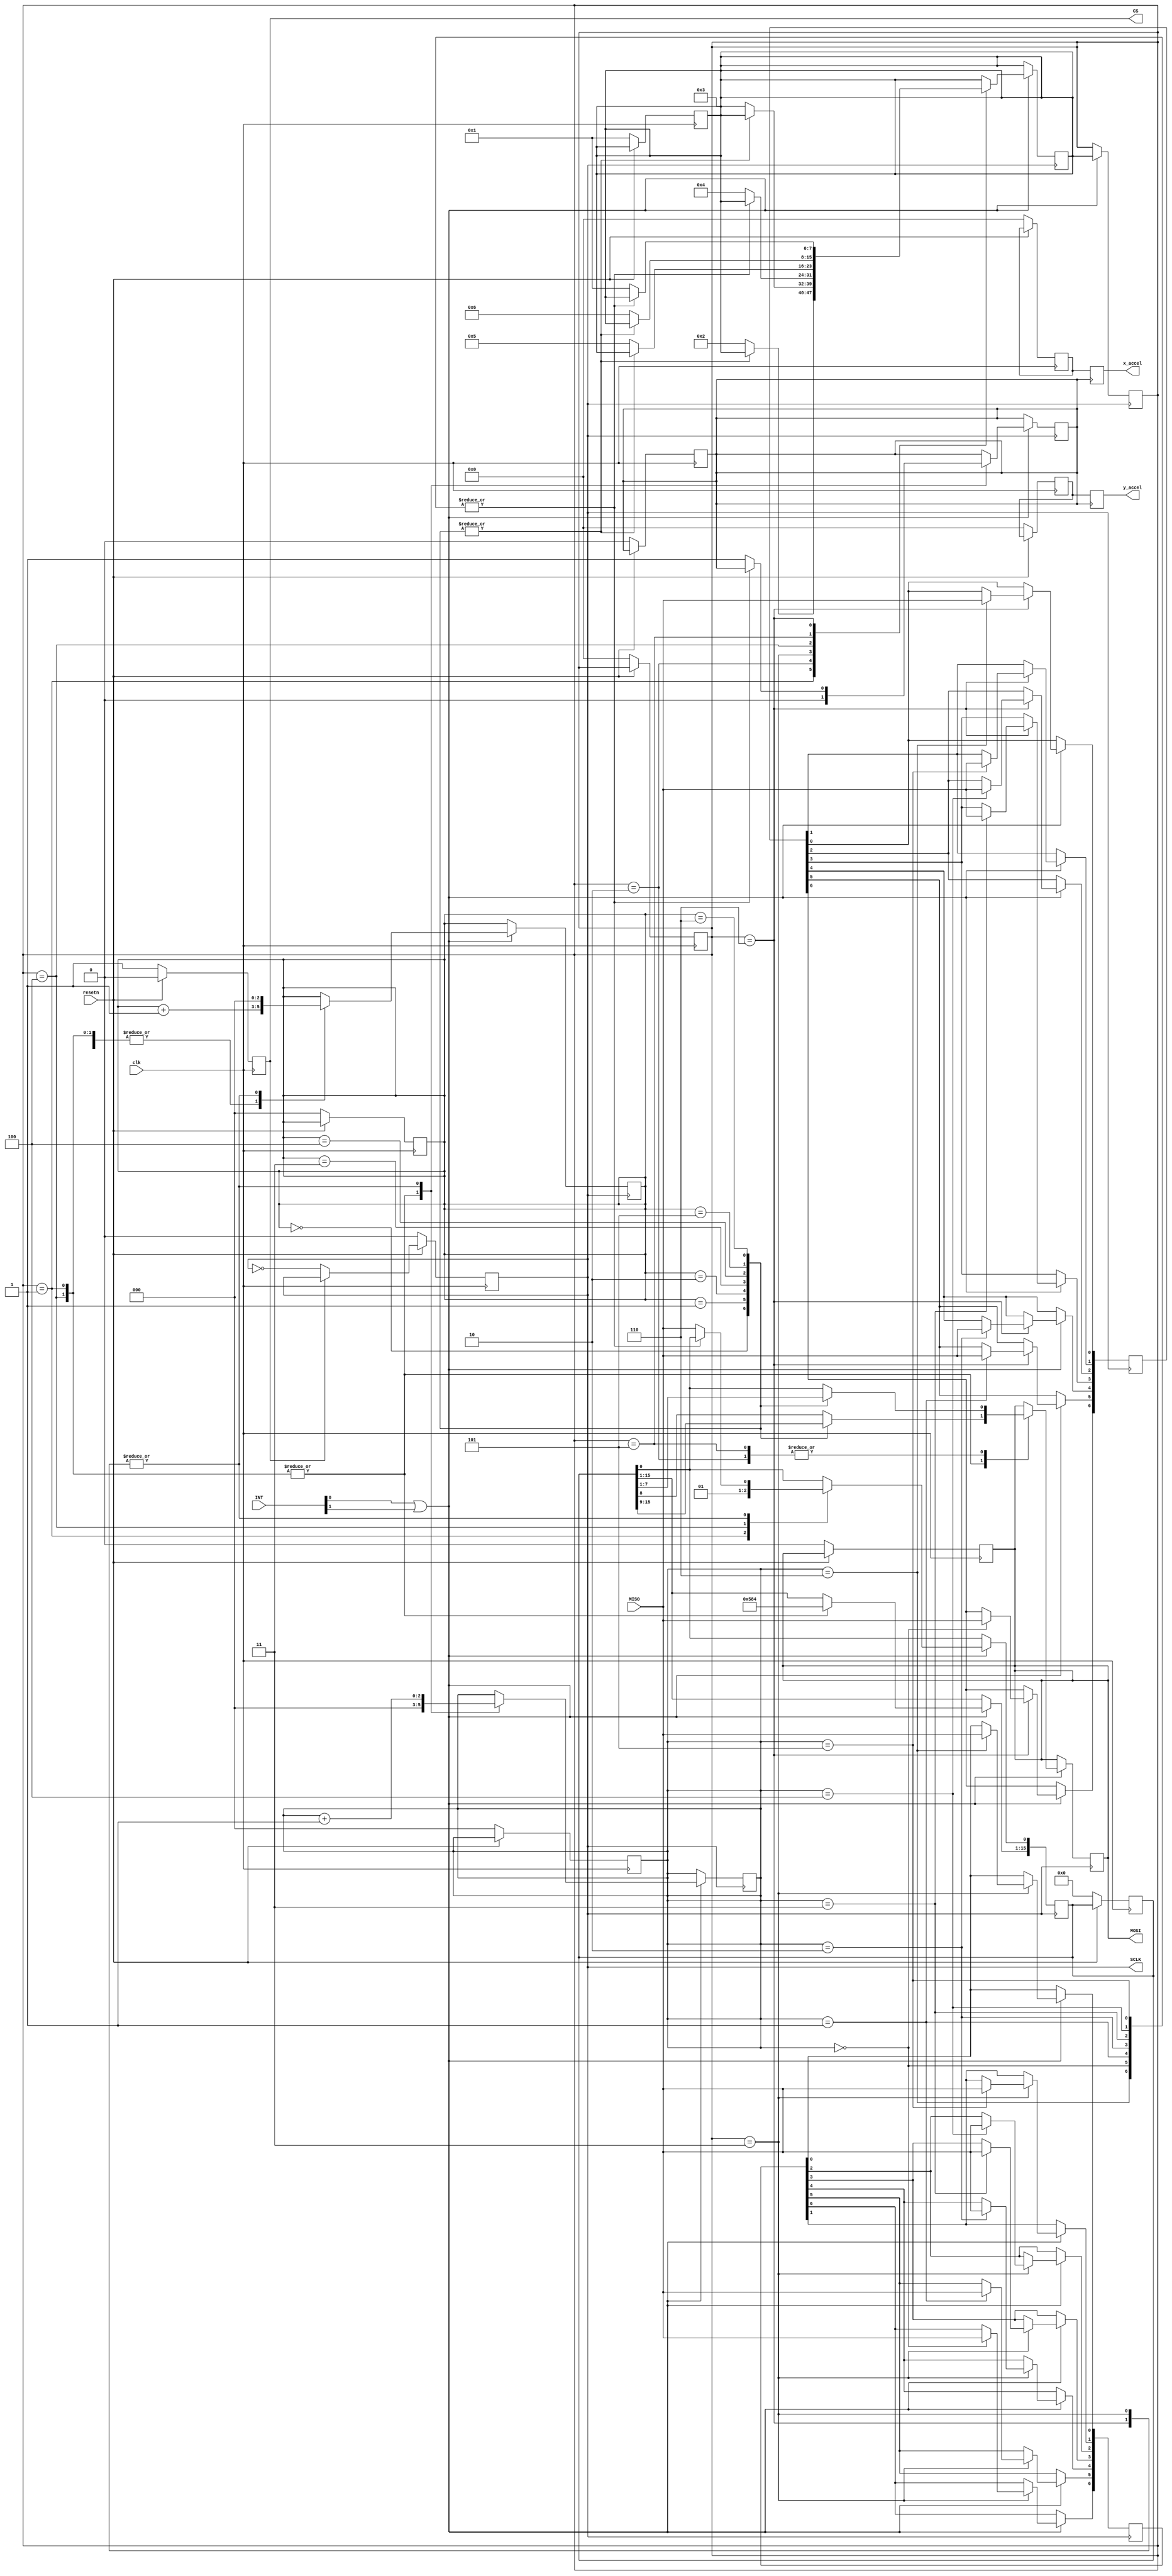
`timescale 1 ns / 1 ps

module accelerometer_reader_int #(
   
	parameter SYSCLK_FREQUENCY_HZ = 100000000,
   	parameter SCLK_FREQUENCY_HZ   = 1000000,
   	parameter NUM_READS_AVG       = 16,
   	parameter UPDATE_FREQUENCY_HZ = 1000

	) (
	input               clk,
	input               resetn,
	input 			    MISO,
    input [1:0]         INT,

	output reg     	    MOSI,
	output reg          CS,
	output reg			SCLK,
	output reg [7:0]	y_accel,
	output reg [7:0]    x_accel
);


/* SPI COMMANDS:
The SPI port uses a multibyte structure wherein the first byte is
a command. The ADXL362 command set is
	0x0A: write register
	0x0B: read register
	0x0D: read FIFO

	For read/write the format is ** </CS down> <command byte (0x0A or 0x0B)> <address byte> <data byte> <additional data bytes for multi-byte>   then, </CS up> **
	For read FIFO the format is  **	</CS down> <command byte (0x0D)> <data byte> <data byte>  </CS up>

	Commands other than 0x0A, 0x0B, and 0x0D have no effect.
	The MISO output remains in a high impedance STATE, and the
	bus keeper holds the MISO line at its last value.


	REGISTER MAPPING (used)

	SOFT RESET REGISTER:
	Address: 0x1F, Reset: 0x00, Name: SOFT_RESET
	Writing Code 0x52 (representing the letter, R, in ASCII or unicode) to this register immediately resets the ADXL362. All register settings are cleared, and the sensor is placed in standby

    POWER CONTROL REGISTER
    Address: 0x2D, Reset: 0x00, Name: POWER_CTL

    X DATA REG
    0x08 XDATA [7:0] 0x00 R
    Y DATA REG
    0x09 YDATA [7:0] 0x00 R
    Z DATA REG
    0x0A ZDATA [7:0] 0x00 r

    ITERRUPTION PINS REGS
    0x2A INTMAP1 [7:0] [INT_LOW, AWAKE, INACT, ACT FIFO_OVERRUN, FIFO_WATERMARK, FIFO_READY, DATA_READY ] 0x00 RW
    0x2B INTMAP2 [7:0] SAME FORMAT


    Alternate Functions of Interrupt Pins
    The INT1 and INT2 pins can be configured for use as input pins instead of for signaling interrupts. INT1 is used as an external clock input when the EXT_CLK bit (Bit 6) in the
    POWER_CTL register (Address 0x2D) is set. INT2 is used as the trigger input for synchronized sampling when the EXT_SAMPLE bit (Bit 3) in the FILTER_CTL register
    (Address 0x2C) is set.

	*/



/*FSM STATES*/

localparam SENDING_INSTRUCT_BYTES_X     = 4'b0001; // 1
localparam SENDING_ADDR_BYTES_X 		= 4'b0010; // 2
localparam RECEIVING_DATA_BYTES_X 	    = 4'b0011; // 3

localparam SENDING_INSTRUCT_BYTES_Y     = 4'b0100; // 4
localparam SENDING_ADDR_BYTES_Y 		= 4'b0101; // 5
localparam RECEIVING_DATA_BYTES_Y 	    = 4'b0110; // 6



 //////////////////////////////////////////

//ADXL 362 Read and Write Commands
localparam WRITE_CMD 				= 8'b00001010;    // 0x0A value
localparam READ_CMD 				= 8'b00001011;   // 0x0B value


/*reg address for X & Y accels */
localparam X_reg_ADDR = 8'b00001000;    // 0x08 value
localparam Y_reg_ADDR = 8'b00001001;        // 0x09 vvalue





/*Complete vectors command */

localparam READ_X_ACCEL =  16'b0000101100001000; // READ COMMAD AND X REG ADDR -> [0X08 0X0B -  ] read order affect
localparam READ_Y_ACCEL =  16'b0000101100001001; // READ COMMAD AND X REG ADDR -> [0X09 0X0B ]

/*REGISTERS*/
reg READY, sysclk, send_data_ready;
reg [2:0] counter;          // 8-bit counter
reg [7:0] STATE;
reg [7:0] NEXT_STATE;
reg [2:0] selector;
reg [15:0] FIFO;
reg [7:0] X_accel_reg,Y_accel_reg;


always@(posedge clk) begin
    if (!resetn) begin          // reset init
        CS              <= 1;
        sysclk          <= 1'b0;
        MOSI            <= 0;
        X_accel_reg     <= 0;
        Y_accel_reg     <= 0;
        send_data_ready <= 0;
        selector        <= 3'b000;
        READY           <= 0;
        FIFO            <= 16'b0;
        NEXT_STATE      <= SENDING_INSTRUCT_BYTES_X;
        STATE           <= 0;
        counter         <= 3'b000;

    end else begin
        CS           <= 0;
       if (!CS) begin
       sysclk <= !sysclk;        // T = 2 ns
       end
    end
end


always@(posedge sysclk) begin
        if(INT[0] | INT[1]) begin
        STATE <= NEXT_STATE;
        case (STATE)
        SENDING_INSTRUCT_BYTES_X: begin        // sending read command
            READY        <= 1'b0;            // Ready flag, high when sending command finish
            FIFO         <= READ_X_ACCEL;    // Charging at FIFO parrallel, Read X instructions [cmd, addr]
            counter      <= 0;
            send_data_ready <= 0;
            selector <= selector + 1;       // starts at 0
            case ({selector})               // serialization of FIFO values
                3'b000: MOSI <= FIFO[15];
                3'b001: MOSI <= FIFO[14];
                3'b010: MOSI <= FIFO[13];
                3'b011: MOSI <= FIFO[12];
                3'b100: MOSI <= FIFO[11];
                3'b101: MOSI <= FIFO[10];
                3'b110: MOSI <= FIFO[9];
	            default: begin MOSI <= FIFO[8];
	                    NEXT_STATE <= SENDING_ADDR_BYTES_X;
	                    READY      <= 1'b1;
	                    end
            endcase
        end // end SENDING_INSTRUCT_BYTES_X

        SENDING_ADDR_BYTES_X: begin
            READY      <= 1'b0;
            selector <= selector + 1;
            case ({selector})
                3'b000: MOSI <= FIFO[7];
                3'b001: MOSI <= FIFO[6];
                3'b010: MOSI <= FIFO[5];
                3'b011: MOSI <= FIFO[4];
                3'b100: MOSI <= FIFO[3];
                3'b101: MOSI <= FIFO[2];
                3'b110: MOSI <= FIFO[1];
	            default: begin MOSI    <= FIFO[0];
	                        NEXT_STATE <= RECEIVING_DATA_BYTES_X;
	                        READY      <= 1'b1;
	                      end
                 endcase

            end // end SENDING_ADDR_BYTES_X

            RECEIVING_DATA_BYTES_X: begin           // 3
                READY       <= 1'b0;
                selector    <= 0;
                counter <= counter + 1;
                case ({counter})               // serialization of FIFO values
                    4'b0000: X_accel_reg[7] <= MISO;
                    4'b0001: X_accel_reg[6] <= MISO;
                    4'b0010: X_accel_reg[5] <= MISO;
                    4'b0011: X_accel_reg[4] <= MISO;
                    4'b0100: X_accel_reg[3] <= MISO;
                    4'b0101: X_accel_reg[2] <= MISO;
                    4'b0110: X_accel_reg[1] <= MISO;
	            default: begin FIFO[0]  <= MISO;
                        send_data_ready  <= 1'b1;
                        NEXT_STATE       <= SENDING_INSTRUCT_BYTES_Y;
	                    end
                 endcase
             end // end RECEIVING_DATA_BYTES_Y

            SENDING_INSTRUCT_BYTES_Y: begin        // sending read command
            READY        <= 1'b0;            // Ready flag, high when sending command finish
            FIFO         <= READ_Y_ACCEL;    // Charging at FIFO parrallel, Read Y instructions [cmd, addr]
            counter      <= 0;
            send_data_ready <= 0;
            selector <= selector + 1;       // starts at 0
            case ({selector})               // serialization of FIFO values
                3'b000: MOSI <= FIFO[15];
                3'b001: MOSI <= FIFO[14];
                3'b010: MOSI <= FIFO[13];
                3'b011: MOSI <= FIFO[12];
                3'b100: MOSI <= FIFO[11];
                3'b101: MOSI <= FIFO[10];
                3'b110: MOSI <= FIFO[9];
	            default: begin MOSI <= FIFO[8];
	                    NEXT_STATE <= SENDING_ADDR_BYTES_Y;
	                    READY      <= 1'b1;
	                    end
            endcase
        end // end SENDING_INSTRUCT_BYTES_Y

        SENDING_ADDR_BYTES_Y: begin
            READY      <= 1'b0;
            selector <= selector + 1;
            case ({selector})
                3'b000: MOSI <= FIFO[7];
                3'b001: MOSI <= FIFO[6];
                3'b010: MOSI <= FIFO[5];
                3'b011: MOSI <= FIFO[4];
                3'b100: MOSI <= FIFO[3];
                3'b101: MOSI <= FIFO[2];
                3'b110: MOSI <= FIFO[1];
	            default: begin MOSI    <= FIFO[0];
	                        NEXT_STATE <= RECEIVING_DATA_BYTES_Y;
	                        READY      <= 1'b1;
	                      end
                 endcase

            end // end SENDING_ADDR_BYTES_Y

            RECEIVING_DATA_BYTES_Y: begin           // 7
                READY       <= 1'b0;
                selector    <= 0;
                counter <= counter + 1;
                case ({counter})               // serialization of FIFO values
                    4'b0000: Y_accel_reg[7] <= MISO;
                    4'b0001: Y_accel_reg[6] <= MISO;
                    4'b0010: Y_accel_reg[5] <= MISO;
                    4'b0011: Y_accel_reg[4] <= MISO;
                    4'b0100: Y_accel_reg[3] <= MISO;
                    4'b0101: Y_accel_reg[2] <= MISO;
                    4'b0110: Y_accel_reg[1] <= MISO;
	            default: begin FIFO[0]  <= MISO;
                        send_data_ready  <= 1'b1;
                        NEXT_STATE       <= SENDING_INSTRUCT_BYTES_X;
	                    end
                 endcase
             end // end RECEIVING_DATA_BYTES_Y
          endcase
         end
end
       
always@ (*) begin
    SCLK = sysclk;
end


always@(posedge send_data_ready) begin
    x_accel <= X_accel_reg;
    y_accel <= Y_accel_reg;
end

/////////////////////////////////

endmodule